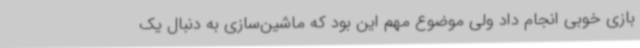
بازی خوبی انجام داد ولی موضوع مهم این بود که ماشین‌سازی به دنبال یک